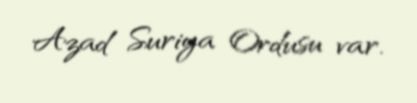
Azad Suriya Ordusu var.